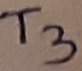
Text: T3